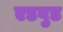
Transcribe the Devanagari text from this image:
एडवुड